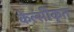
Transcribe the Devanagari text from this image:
केल्सीकृत